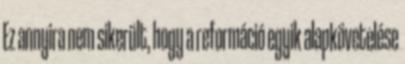
Ez annyira nem sikerült, hogy a reformáció egyik alapkövetelése